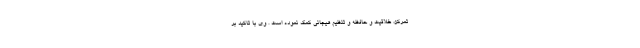
تمرکز، خلاقیت و حافظه و تنظیم هیجانی کمک نموده است . وی با تاکید بر